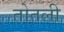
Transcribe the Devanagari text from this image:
तोतली